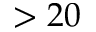
> 2 0